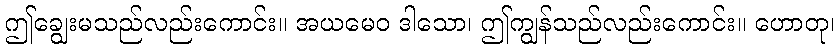
ဤချွေးမသည်လည်းကောင်း။ အယမေဝ ဒါသော၊ ဤကျွန်သည်လည်းကောင်း။ ဟောတု၊